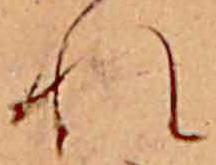
れ